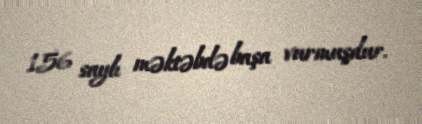
156 saylı məktəbdə başa vurmuşdur.